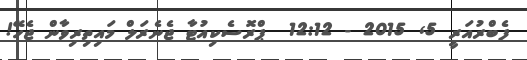
ފެބްރުއަރީ 5